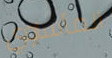
المأساوي